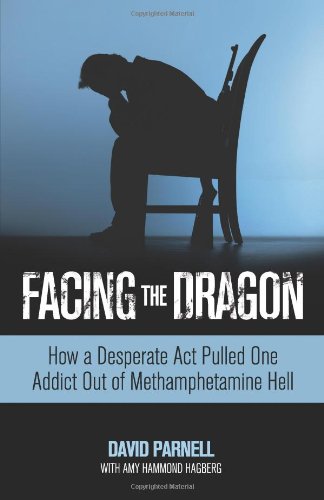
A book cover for Facing the Dragon: How a Desperate Act Pulled One Addict Out of Methamphetamine Hell; David Parnell; Self-Help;